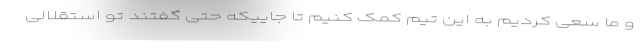
و ما سعی کردیم به این تیم کمک کنیم تا جاییکه حتی گفتند تو استقلالی